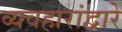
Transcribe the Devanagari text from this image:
व्यवहारांद्वारे